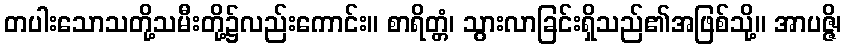
တပါးသောသတို့သမီးတို့၌လည်းကောင်း။ စာရိတ္တံ၊ သွားလာခြင်းရှိသည်၏အဖြစ်သို့။ အာပဇ္ဇိ၊